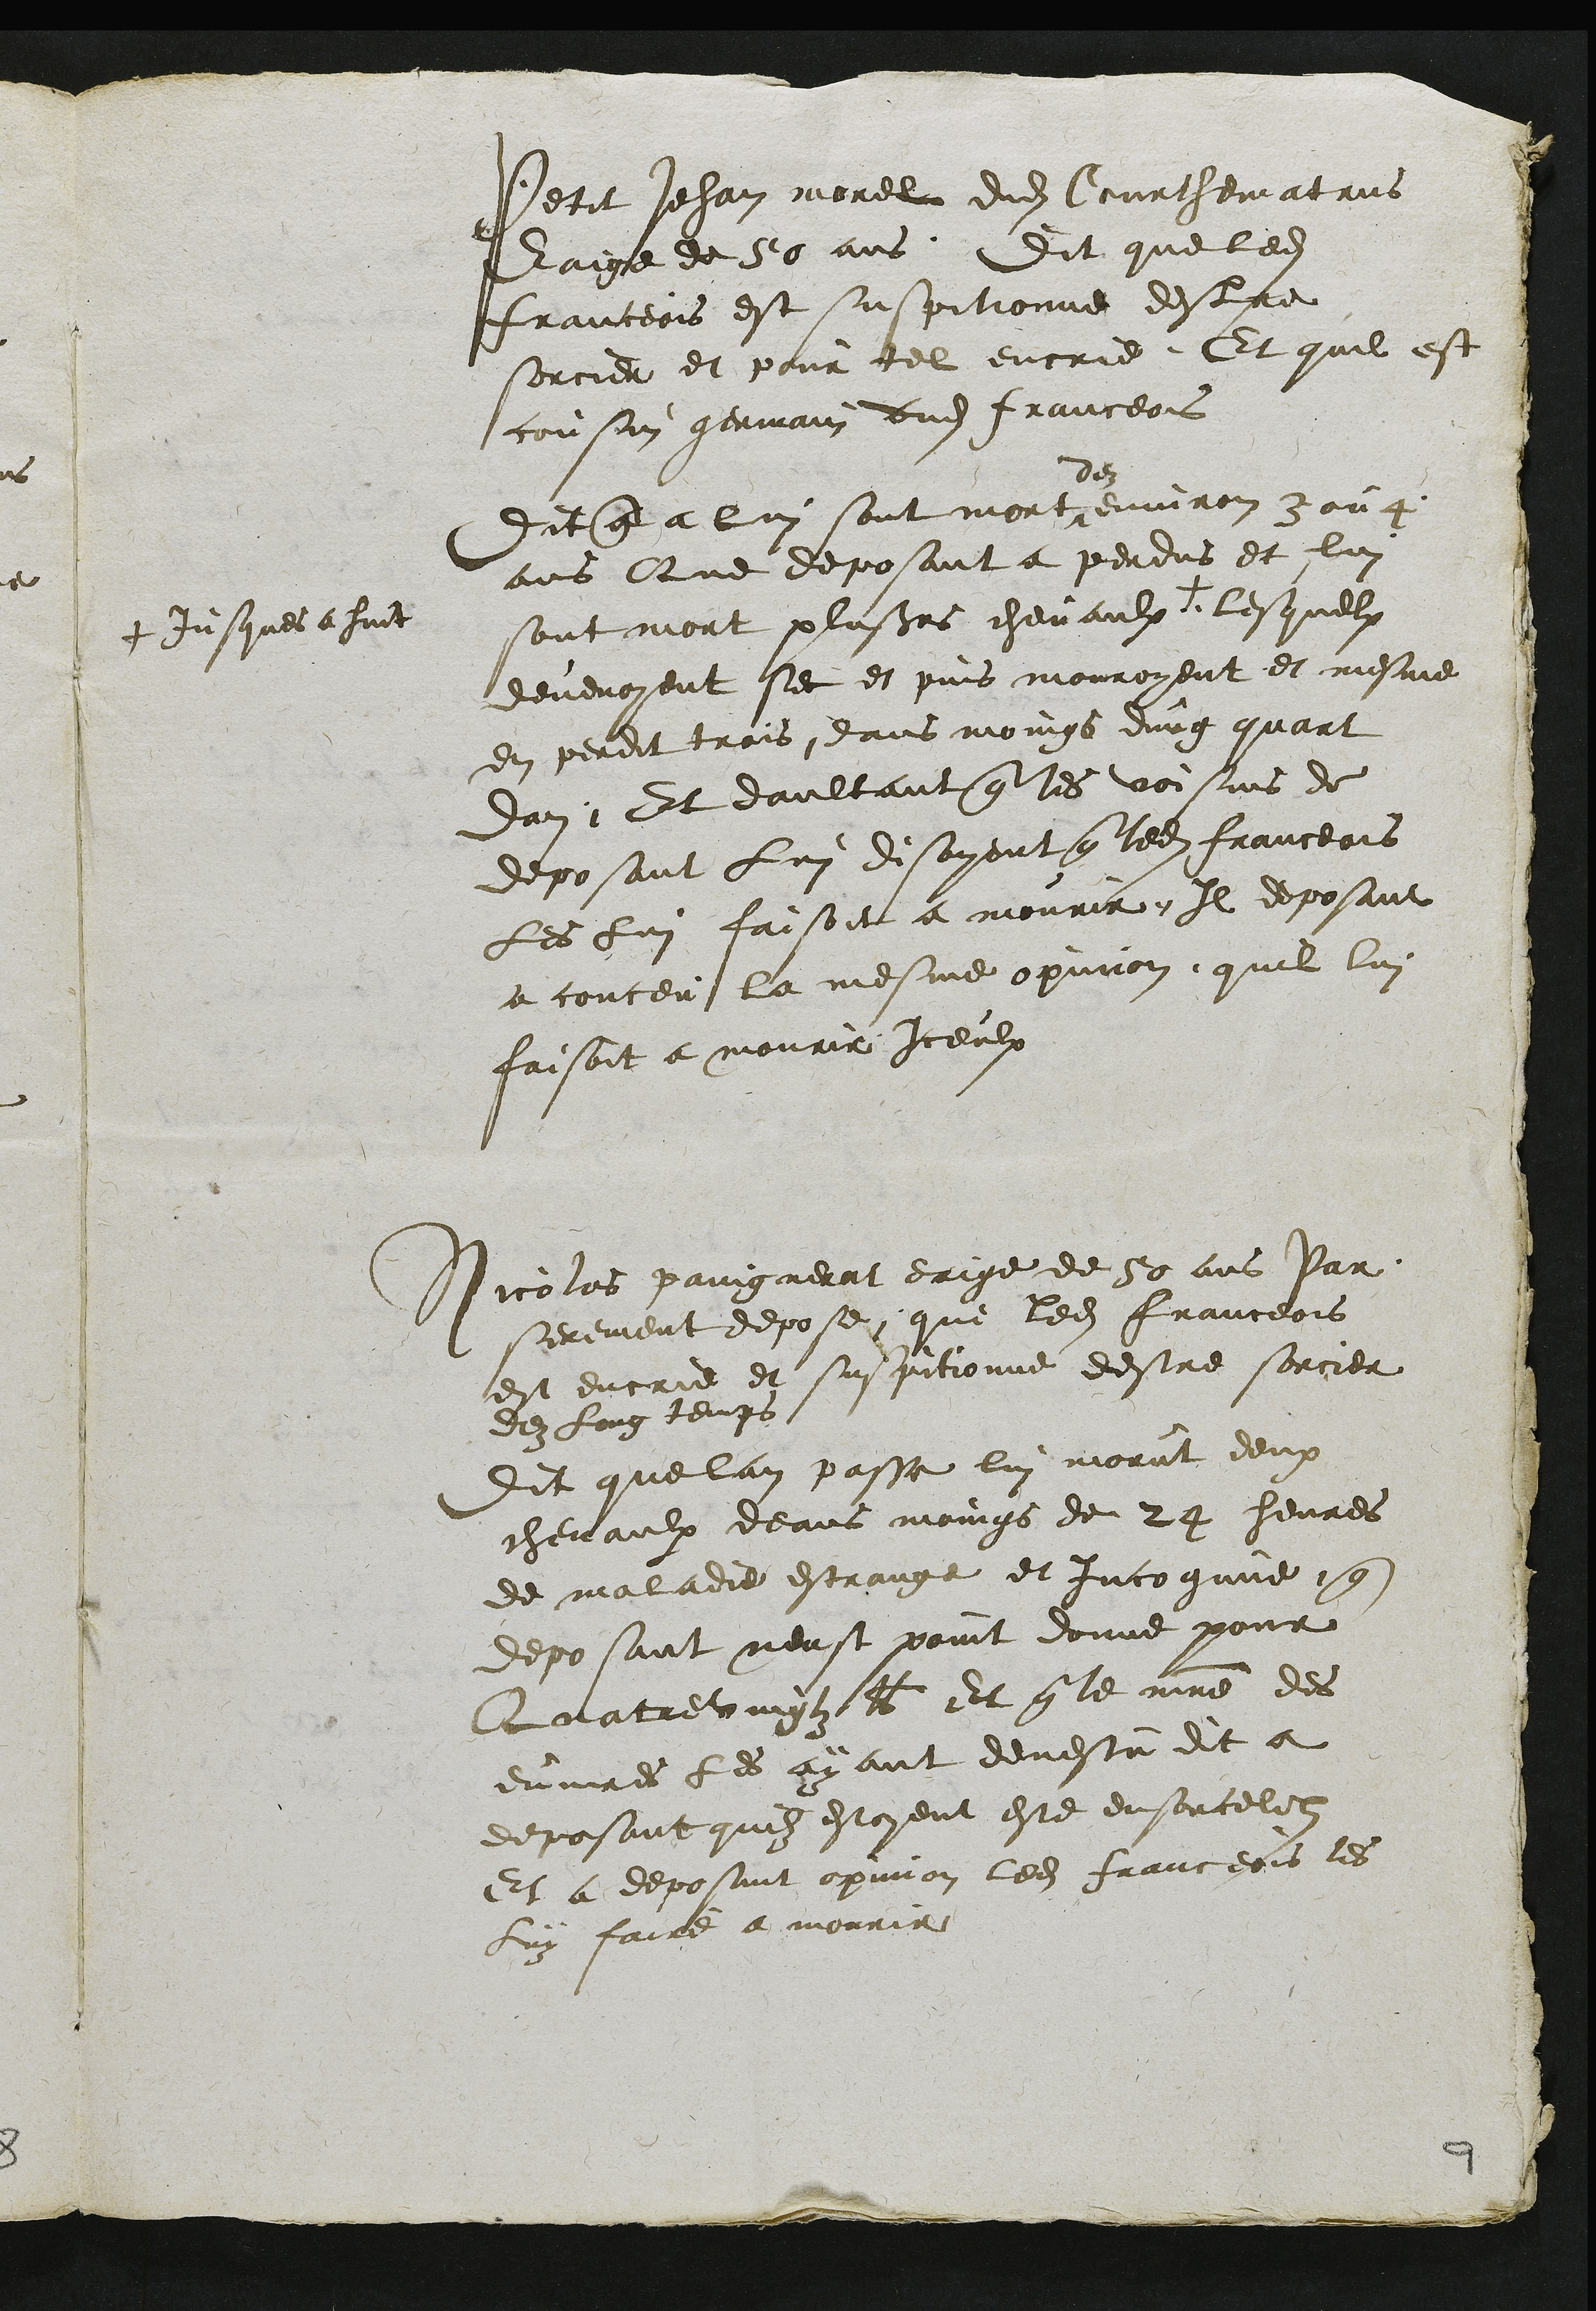
Petit Jehan morel dudit Courthematrus
Eaige de 50 ans Dit que ledit
franceois est suspitionne destre
sorcier et pour tel encrie Et quil est
cousin germain dudit franceois
Dit que a lui sont mort
dez
environ 3 ou 4
ans Que deposant a perdus et lui
sont mort plusieurs chevaulx +
+ jusques a huit
lesquelx
devenoyent sec et puis mouroyent et mesme
en perdit trois dans moings dung quart
dan Et daultant que les voisins de
deposant lui disoyent que ledit franceois
les lui faisoit a mourir Il deposant
a conceu la mesme opinion, quil lui
faisoit a mourir iceulx
Nicolas paingnerat eaige de 50 ans Par
serement depose que ledit franceois
est encrie et suspitionne destre sorcier
dez long temps
Dit que lan passe lui morut deux
chevaulx deans moings de 24 heures
de maladie estrange et incognue que
deposant neust point donne pour
Quatrevingtz lb Et que le maitre des
euvres les ayant devestu dit a
deposant quilz estoyent este ensorcelez
Et a deposant opinion ledit franceoit les
Luy faire a mourir